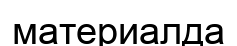
материалда